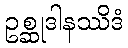
ဥစ္ဆုဒါနဿိဒံ